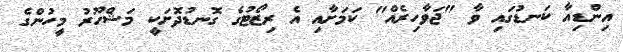
އިންޑިއާ ކަނޑުގައި ވާ "ޖަވާހިރެއް" ކަމަށާއި އެ ރިޒޯޓުގެ ގޮނޑުދޮށަކީ މަޝްހޫރު މީހުންގެ